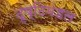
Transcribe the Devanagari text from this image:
दृष्टिमंडल